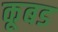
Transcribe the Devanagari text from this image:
कूबड